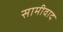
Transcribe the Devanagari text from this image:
सामीवाद